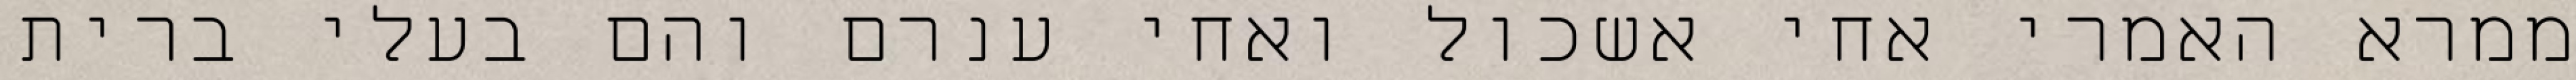
ממרא האמרי אחי אשכול ואחי ענרם והם בעלי ברית